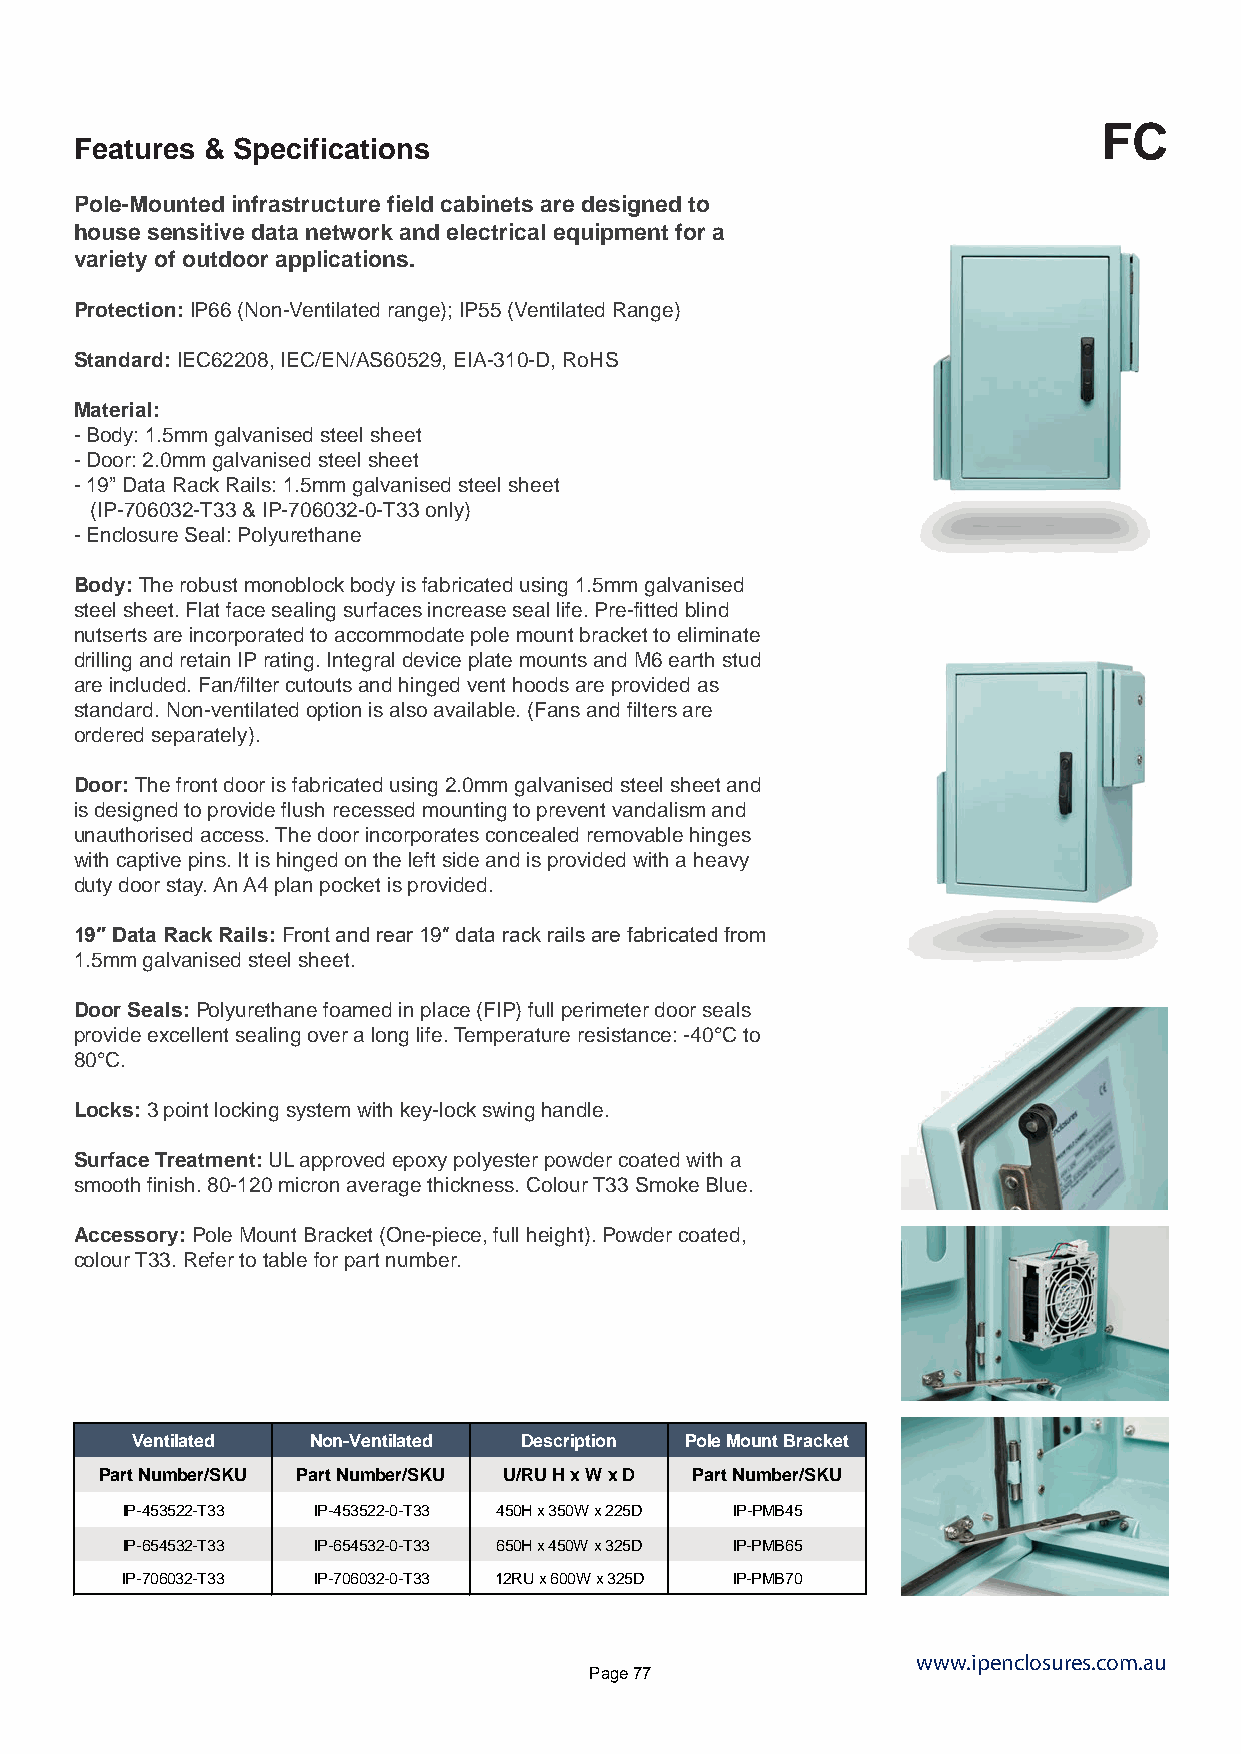
FC
 Features & Specifications
 Pole-Mounted infrastructure field cabinets are designed to
 house sensitive data network and electrical equipment for a
 variety of outdoor applications.
 Protection: IP66 (Non-Ventilated range); IP55 (Ventilated Range)
 Standard: IEC62208, IEC/EN/AS60529, EIA-310-D, RoHS
 Material:
 - Body: 1.5mm galvanised steel sheet
 - Door: 2.0mm galvanised steel sheet
 - 19” Data Rack Rails: 1.5mm galvanised steel sheet
 (IP-706032-T33 & IP-706032-0-T33 only)
 - Enclosure Seal: Polyurethane
 Body: The robust monoblock body is fabricated using 1.5mm galvanised
 steel sheet. Flat face sealing surfaces increase seal life. Pre-fitted blind
 nutserts are incorporated to accommodate pole mount bracket to eliminate
 drilling and retain IP rating. Integral device plate mounts and M6 earth stud
 are included. Fan/filter cutouts and hinged vent hoods are provided as
 standard. Non-ventilated option is also available. (Fans and filters are
 ordered separately).
 Door: The front door is fabricated using 2.0mm galvanised steel sheet and
 is designed to provide flush recessed mounting to prevent vandalism and
 unauthorised access. The door incorporates concealed removable hinges
 with captive pins. It is hinged on the left side and is provided with a heavy
 duty door stay. An A4 plan pocket is provided.
 19″ Data Rack Rails: Front and rear 19″ data rack rails are fabricated from
 1.5mm galvanised steel sheet.
 Door Seals: Polyurethane foamed in place (FIP) full perimeter door seals
 provide excellent sealing over a long life. Temperature resistance: -40°C to
 80°C.
 Locks: 3 point locking system with key-lock swing handle.
 Surface Treatment: UL approved epoxy polyester powder coated with a
 smooth finish. 80-120 micron average thickness. Colour T33 Smoke Blue.
 Accessory: Pole Mount Bracket (One-piece, full height). Powder coated,
 colour T33. Refer to table for part number.
 Ventilated  Non-Ventilated Description Pole Mount Bracket
 Part Number/SKU Part Number/SKU U/RU H x W x D Part Number/SKU
 IP-453522-T33 IP-453522-0-T33 450H x 350W x 225D IP-PMB45
 IP-654532-T33 IP-654532-0-T33 650H x 450W x 325D IP-PMB65
 IP-706032-T33 IP-706032-0-T33 12RU x 600W x 325D IP-PMB70
 www.ipenclosures.com.au
 Page 77